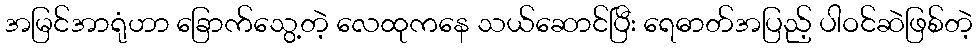
အမြင်အာရုံဟာ ခြောက်သွေ့တဲ့ လေထုကနေ သယ်ဆောင်ပြီး ရေဓာတ်အပြည့် ပါဝင်ဆဲဖြစ်တဲ့